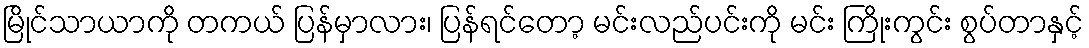
မြိုင်သာယာကို တကယ် ပြန်မှာလား၊ ပြန်ရင်တော့ မင်းလည်ပင်းကို မင်း ကြိုးကွင်း စွပ်တာနှင့်